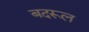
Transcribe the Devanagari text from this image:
बदरूल